Annual report on the Civil Veterinary Department, Burma (including the Insein Veterinary School) - 1910-1922
Year: 1910
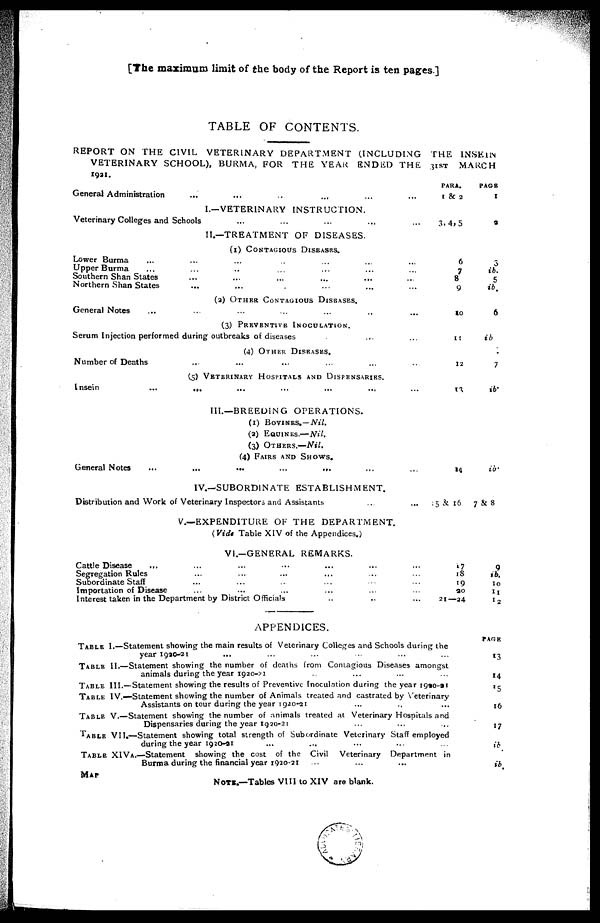
The maximum limit of the body of the Report is ten pages]
TABLE OF CONTENTS
REPORT ON THE CIVIL VETERINARY DEPARTMENT (INCLUDING THE INSKHN
VETERINARY SCHOOL), BURMA, FOR THE YEAR ENDED THE 31ST MARCH
1921.
General Administration ... ... ... ... ... ...
I.—VETERINARY INSTRUCTION.
Veterinary Colleges and Schools ... ... ... ... ...
II.—TREATMENT OF DISEASES.
(1) CONTAGIOUS DISEASES.
Lower Burma ... ... ... ... ... ... ...
Upper Burma ... ... ... ... ... ... ...
Southern Shan States ... ... ... ... ... ...
Northern Shan States ... ... ... ... ...
(a) OTHER CONTAGIOUS DISEASES.
General Notes ... ... ... ... ... ... ...
(3) PREVENTIVE INOCULATION.
Serum Injection performed during outbreaks of diseases ... ...
(4) OTHER DISEASES.
Number of Deaths ... ... ... ... ... ...
(5) VETERINARY HOSPITALS AND DISPENSARIES.
Insein
... ... ... ... ... ... ...
III.—BREEDING OPERATIONS.
(1) BOVINES. — Nil.
(a) EQUINES.—Nil.
(3) OTHERS.—Nil.
(4) FAIRS AND SHOWS.
General Notes
...
...
...
...
... ... ...
IV.—SUBORDINATE ESTABLISHMENT.
Distribution and Work of Veterinary Inspectors and Assistants ... ...
PARA.
1 & 2
3. 4, 5
6
7
8
9
10
11
12
13
14
15 & 16
PAGE
I
3
3
ib.
5
ib.
6
ib
7
ib.
ib.
7 & 8
V.—EXPENDITURE OF THE DEPARTMENT.
(Vide Table XIV of the Appendices.)
VI.—GENERAL REMARKS.
Cattle Disease ... ... ...
Segregation Rules ... ...
Subordinate Staff ... ...
Importation of Disease
...
...
...
...
...
...
Interest taken in the Department by District Officials
...
...
...
...
...
...
...
...
...
...
...
...
...
...
...
17
18
19
20
21—24
9
ib.
10
11
12
APPENDICES.
TABLE I.—Statement showing the main results of Veterinary Colleges and Schools during the
year 1920-21 ... ... ... ... ... ...
TABLE II.—Statement showing the number of deaths from Contagious Diseases amongst
animals during the year 1920-21 ... ... ... ...
TABLE III.—Statement showing the results of Preventive Inoculation during the year 1920-21
TABLE IV.—Statement showing the number of Animals treated and castrated by Veterinary
Assistants on tour during the year 1920-21 ... ... ...
TABLE V.—Statement showing the number of animals treated at Veterinary Hospitals and
Dispensaries during the year 1920-21 ... ... ...
TABLE VII.—Statement showing total strength of Subordinate Veterinary Staff employed
during the year 1920-21 ... ... ... ... ...
TABLE XIVa.—Statement showing the cost of the Civil Veterinary Department in
Burma during the financial year 1920-21 ... ... ...
MAP
NOTE.—Tables VIII to XIV are blank.
PAGE
13
14
15
16
17
ib.
ib .